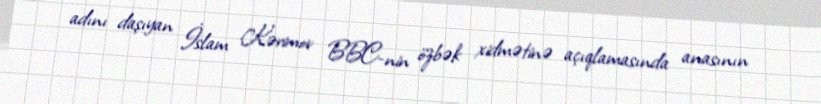
adını daşıyan İslam Kərimov BBC-nin özbək xidmətinə açıqlamasında anasının